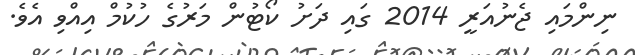
ނިންމައި ޖެނުއަރީ 2014 ގައި ދަށު ކޯޓުން މަރުގެ ހުކުމް އިއްވި އެވެ.